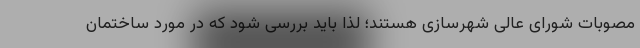
مصوبات شورای عالی شهرسازی هستند؛ لذا باید بررسی شود که در مورد ساختمان